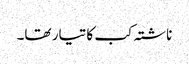
ناشتہ کب کا تیار تھا۔